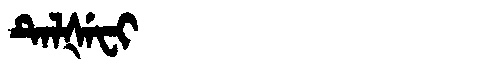
Manchu: ᡨᡝᠯᡧᡝᠸᡳ
Romanization: TELŠEFI